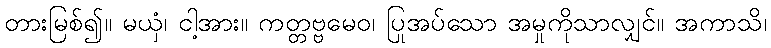
တားမြစ်၍။ မယှံ၊ ငါ့အား။ ကတ္တဗ္ဗမေဝ၊ ပြုအပ်သော အမှုကိုသာလျှင်။ အကာသိ၊